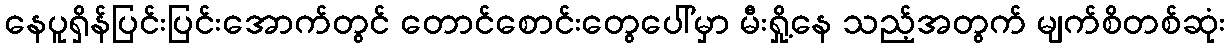
နေပူရှိန်ပြင်းပြင်းအောက်တွင် တောင်စောင်းတွေပေါ်မှာ မီးရှို့နေ သည့်အတွက် မျက်စိတစ်ဆုံး